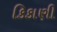
કિકાણી